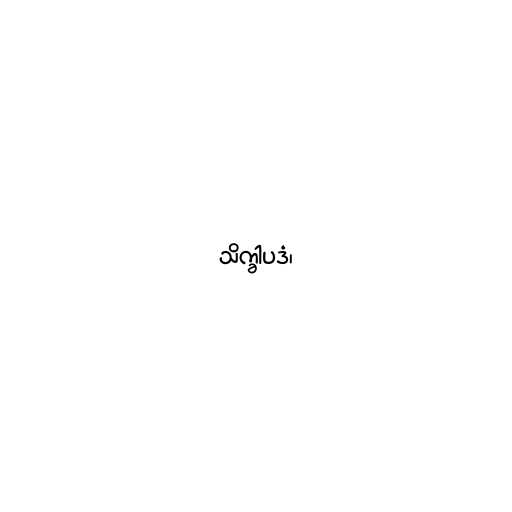
သိက္ခါပဒံ၊